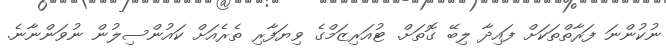
ނުކުންނަ ފަރާތްތަކަށް ފައިދާ ލިބޭ ގޮތަށް. ޓުއަރިޒަމްގެ ވިޔަފާރި ތެރެއަށް ކައުންސިލުން ނުވަންނާނެ.